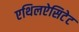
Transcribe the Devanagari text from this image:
एथिलऐसिटेट